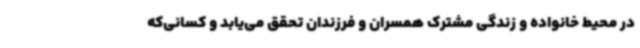
در محیط خانواده و زندگی مشترک همسران و فرزندان تحقق می‌یابد و کسانی‌که